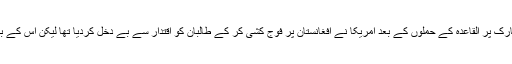
یہ امر قابل ذکر ہے کہ ستمبر 2001میں نیویارک پر القاعدہ کے حملوں کے بعد امریکا نے افغانستان پر فوج کشی کر کے طالبان کو اقتدار سے بے دخل کردیا تھا لیکن اس کے بعد سے ملک میں حملوں کا سلسلہ شروع ہوگیا۔